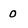
Character: 0